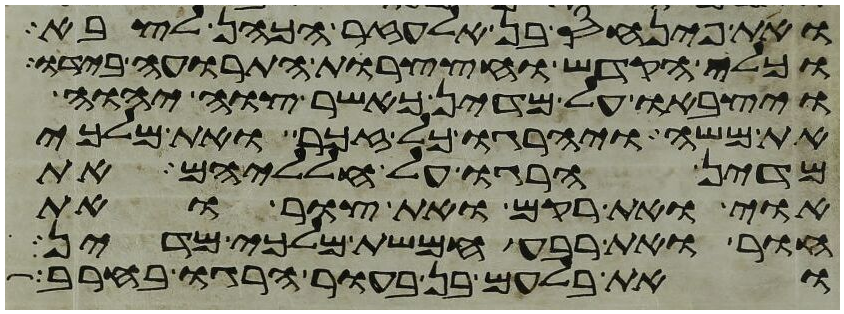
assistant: ואת פינחס בן אלעזר הכהן לצבא
וכלי הקדש וחצצרות התרועה בידו
ויצבאו על מדין כאשר צוה יהוה
את משה ויהרגו כל זכר ואת מלכי
מדין הרגו על חלליהם את
אוי ואת רקם ואת צור ואת
חור ואת רבע חמשת מלכי מדין
ואת בלעם בן בעור הרגו בחרב